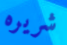
شريره